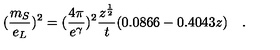
( \frac { m _ { S } } { e _ { L } } ) ^ { 2 } = ( \frac { 4 \pi } { e ^ { \gamma } } ) ^ { 2 } \frac { z ^ { \frac { 1 } { 2 } } } { t } ( 0 . 0 8 6 6 - 0 . 4 0 4 3 z ) \quad .